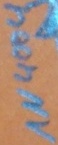
Text: 1N4004